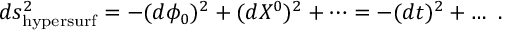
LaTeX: d s _ { \mathrm { h y p e r s u r f } } ^ { 2 } = - ( d \phi _ { 0 } ) ^ { 2 } + ( d X ^ { 0 } ) ^ { 2 } + \dots = - ( d t ) ^ { 2 } + \dots ~ .